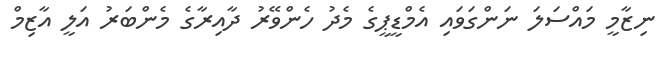
ނިޒާމީ މައްސަލަ ނަންގަވައި އެމްޑީޕީގެ މެދު ހެންވޭރު ދާއިރާގެ މެންބަރު އަލީ އާޒިމް